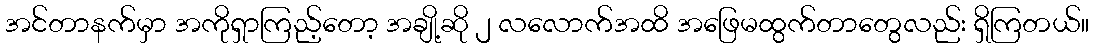
အင်တာနက်မှာ အကိုရှာကြည့်တော့ အချို့ဆို ၂ လလောက်အထိ အဖြေမထွက်တာတွေလည်း ရှိကြတယ်။